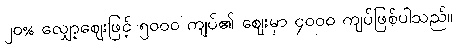
၂၀% လျှော့ဈေးဖြင့် ၅၀၀၀ ကျပ်၏ ဈေးမှာ ၄၀၀၀ ကျပ်ဖြစ်ပါသည်။